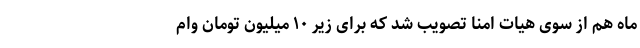
ماه هم از سوی هیات امنا تصویب شد که برای زیر ۱۰ میلیون تومان وام